Calcutta medical institutions reports 1871-78
Year: 1871
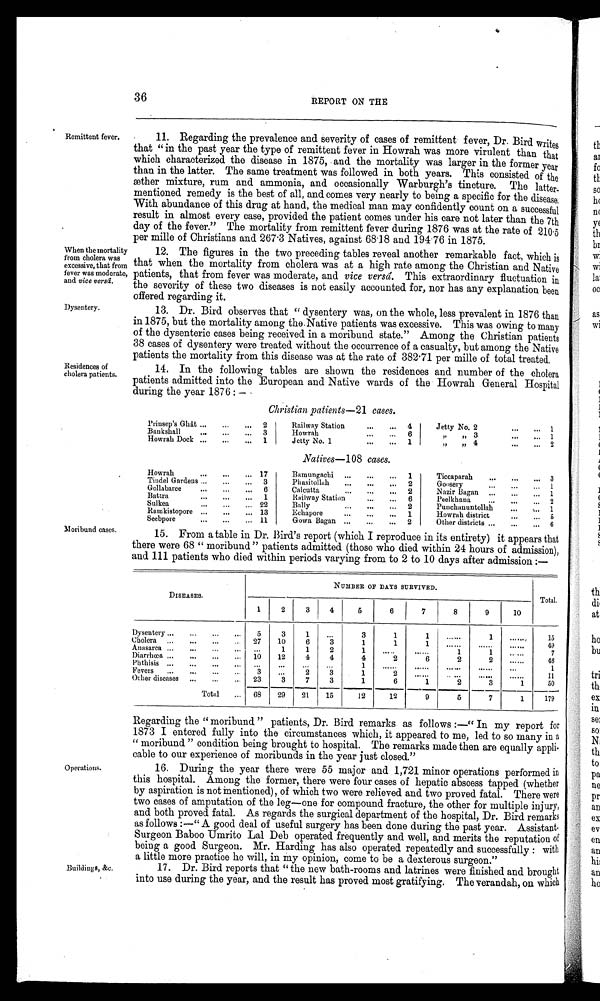
Remittent fever.
When the mortality
from cholera was
excessive, that from
fever was moderate,
and vice versâ.
36
REPORT ON THE
11. Regarding the prevalence and severity of cases of remittent fever, Dr. Bird writes
that "in the past year the type of remittent fever in Howrah was more virulent than that
which characterized the disease in 1875, and the mortality was larger in the former year
than in the latter. The same treatment was followed in both years. This consisted of the
æther mixture, rum and ammonia, and occasionally Warburgh's tincture. The latter
-mentioned remedy is the best of all, and comes very nearly to being a specific for the disease.
With abundance of this drug at hand, the medical man may confidently count on a successful
result in almost every case, provided the patient comes under his care not later than the 7th
day of the fever." The mortality from remittent fever during 1876 was at the rate of 210·5
per mille of Christians and 267·3 Natives, against 68·18 and 194·76 in 1875.
12. The figures in the two preceding tables reveal another remarkable fact, which is
that when the mortality from cholera was at a high rate among the Christian and Native
patients, that from fever was moderate, and vice versâ. This extraordinary fluctuation in
the severity of these two diseases is not easily accounted for, nor has any explanation been
offered regarding it.
Dysentery.
Residences of
cholera patients.
Moribund cases.
Operations.
Buildings, &c.
13. Dr. Bird observes that "dysentery was, on the whole, less prevalent in 1876 than
in 1875, but the mortality among the Native patients was excessive. This was owing to many
of the dysenteric cases being received in a moribund state." Among the Christian patients
38 cases of dysentery were treated without the occurrence of a casualty, but among the Native
patients the mortality from this disease was at the rate of 382·71 per mille of total treated.
14. In the following tables are shown the residences and number of the cholera
patients admitted into the European and Native wards of the Howrah General Hospital
during the year 1876:—-
Christian patients—21 cases.
Prinsep's Ghât ... ... ... 2
Railway Station ... ... 4
JettyNo. 2
... ... 1
Bankshall... ... ... 3
Howrah
... ... 6
" " 3 ...
... 1
Howrah Dock ... ... ... 1
Jetty No.1
...
... 1
" " 4 ...
... 2
Natives—108 cases.
Howrah
... ... ...
1 7 Bamungachi ... ... ... 1
Ticcaparah ... ... ... 3
Tindel Gardents ... ... ...
3
Phasitollah ... ... ...
2
Goosery
... ... ... 1
Gollabaree
... ... ...
6
Calcutta
... ... ... 2
Nazir Bagan ... ... ... 1
Batra
... ... ...
1
Railway Station ... ... ... 6
Peelkhana
... ... ... 2
Sulkea
... ... ...
2 2 Bally
... ... ... 2
Punchanuntollah... ... ... 1
Ramkistopore ... ... ...
1 3
Echapore
... ... ... 1
Howrah disrict... ... ... 5
Seebpore
... ... ..
1 1
Gowa Bagan ... ... ... 2
Other districts ... ... ... 6
15. From a table in Dr. Bird's report (which I reproduce in its entirety) it appears that
there were 68 "moribund" patients admitted (those who died within 24 hours of admission),
and 111 patients who died within periods varying from to 2 to 10 days after admission:—
DISEASES.
NUMBER OF DAYS SURVIVED.
Total.
1
2
3
4
5
6
7
8
9
10
Dysentery ... ... ... ... 5
3
1 ...
3
1
1 ......
1 ......
15
Cholera ... ... ... ...
27
10
6
3
1
1
1
......
......
......
49
Anasarca ... ... ... ... ...
1
1
2
1 ......
......
1
1 ......
7
Diarrhœa ... ... ... ... 10
12
4
4
4
......
6
2
2
......
46
Phthisis ... ... ... ... ...
... ... ...
1
2
...... ...... ......
...
1
Fevers
... ... ... ...
3
...
2
3
1
. . . . . .
......
......
......
.....
1 1
Other diseases ... ... ...
23
3
7
3
1
6
1
2
3
1
50
Total ... 68
29
21
15
12
12
9
5
7
1
179
Regarding the "moribund" patients, Dr. Bird remarks as follows:—"In my report for
1873 I entered fully into the circumstances which, it appeared to me, led to so many in a
"moribund" condition being brought to hospital. The remarks made then are equally appli
- c a b l e t o o u r e x p e r i e n c e o f m o r i b u n d s i n t h e y e a r j u s t c l o s e d . "
16. During the year there were 55 major and 1,721 minor operations performed in
this hospital. Among the former, there were four cases of hepatic abscess tapped (whether
by aspiration is not mentioned), of which two were relieved and two proved fatal. There were
two cases of amputation of the leg—one for compound fracture, the other for multiple injury,
and both proved fatal. As regards the surgical department of the hospital, Dr. Bird remarks
as follows:—"A good deal of useful surgery has been done during the past year. Assistant
- S u r g e o n B a b o o U m r i t o L a l D e b o p e r a t e d f r e q u e n t l y a n d w e l l , a n d m e r i t s t h e r e p u t a t i o n o f
being a good Surgeon. Mr. Harding has also operated repeatedly and successfully: with
a little more practice he will, in my opinion, come to be a dexterous surgeon."
17. Dr. Bird reports that "the new bath-rooms and latrines were finished and brought
into use during the year, and the result has proved most gratifying. The verandah, on which